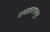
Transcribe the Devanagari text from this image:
रामप्रहरापासून